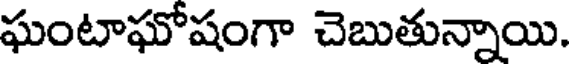
ఘంటాఘోషంగా చెబుతున్నాయి.